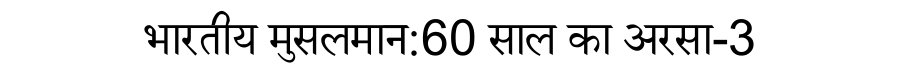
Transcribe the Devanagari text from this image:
भारतीय मुसलमान:60 साल का अरसा-3